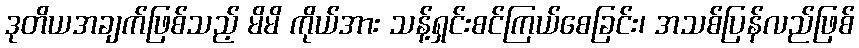
ဒုတိယအချက်ဖြစ်သည့် မိမိ ကိုယ်အား သန့်ရှင်းစင်ကြယ်စေခြင်း၊ အသစ်ပြန်လည်ဖြစ်